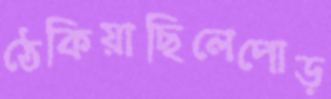
ঠেকিয়াছিলেপোড়